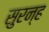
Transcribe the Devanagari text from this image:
सुरन्ह